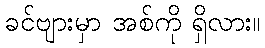
ခင်ဗျားမှာ အစ်ကို ရှိလား။